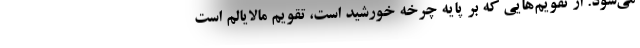
می‌شود. از تقویم‌هایی که بر پایه چرخه خورشید است، تقویم مالایالم است